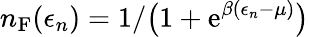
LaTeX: n_{\mathrm{F}}(\epsilon_{n})=1/\big(1+\mathrm{e}^{\beta(\epsilon_{n}-\mu)}\big)